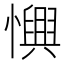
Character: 𢣹